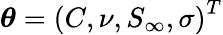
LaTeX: \boldsymbol{\theta}=\left(C,\nu,S_{\infty},\sigma\right)^{T}